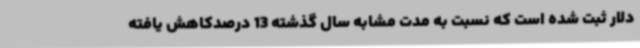
دلار ثبت شده است که نسبت به مدت مشابه سال گذشته 13 درصدکاهش یافته